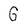
Character: G